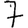
Digit: 7